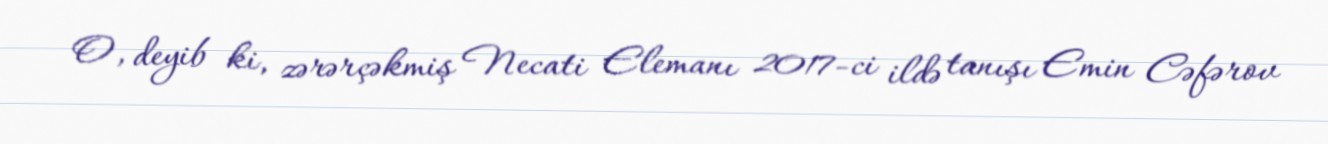
O, deyib ki, zərərçəkmiş Necati Elemanı 2017-ci ildə tanışı Emin Cəfərov